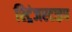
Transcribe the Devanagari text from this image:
स्ट्रिंजरटाइप